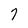
Character: 7